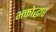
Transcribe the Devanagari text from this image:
भक्तोद्धार